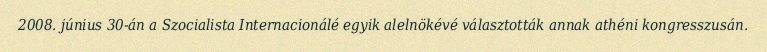
2008. június 30-án a Szocialista Internacionálé egyik alelnökévé választották annak athéni kongresszusán.